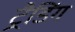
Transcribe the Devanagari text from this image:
ट्रैडिंग